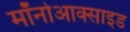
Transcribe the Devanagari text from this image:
मॉनोआक्साइड